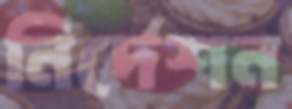
নির্দেশন